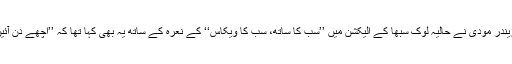
مسٹر نریندر مودی نے حالیہ لوک سبھا کے الیکشن میں ’’سب کا ساتھ، سب کا ویکاس‘‘ کے نعرہ کے ساتھ یہ بھی کہا تھا کہ ’’اچھے دن آئیں گے‘‘۔